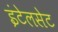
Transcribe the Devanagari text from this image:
इंटेलसेट